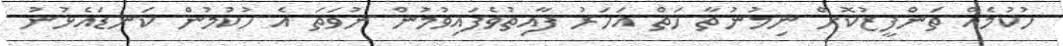
ހުކުމެއް ތަންފީޒުކޮށް ނިމުނުތާ ހަތް އަހަރު ފާއިތުވެފައިވުމުން ނުވަތަ އެ ހުކުމުން ކަނޑައެޅުނު